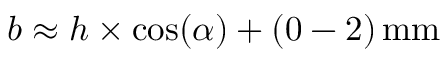
b \approx h \times \cos ( \alpha ) + ( 0 - 2 ) \, \mathrm { m m }